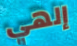
إلهي